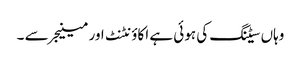
وہاں سیٹنگ کی ہوئی ہے اکاؤنٹنٹ اور مینیجر سے ۔